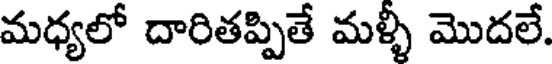
మధ్యలో దారితప్పితే మళ్ళీ మొదలే.